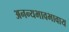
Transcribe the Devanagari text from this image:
अनन्यभावभावाय